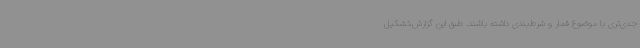
جدی‌تری با موضوع قمار و شرط‌بندی داشته باشند. طبق این گزارش،تشکیل